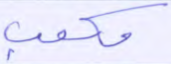
مكعب